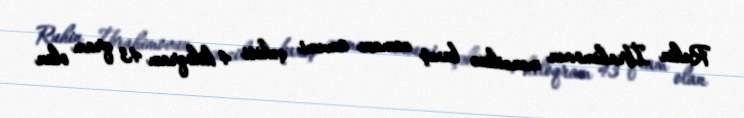
Ruhin İbrahimovun mənzilinə baxış zamanı ümumi çəkisi 4 kiloqram 43 qram olan